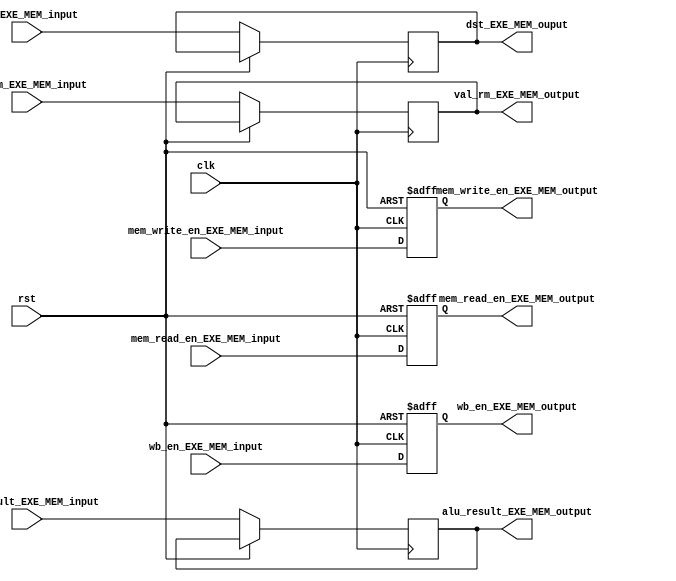
module EXE_MEM_reg (
	input clk, rst,
	input wb_en_EXE_MEM_input,
	input mem_read_en_EXE_MEM_input,
	input mem_write_en_EXE_MEM_input,
	input[31:0] alu_result_EXE_MEM_input,
	input[31:0] val_rm_EXE_MEM_input,
	input[3:0] dst_EXE_MEM_input,

	output reg wb_en_EXE_MEM_output,
	output reg mem_read_en_EXE_MEM_output,
	output reg mem_write_en_EXE_MEM_output,
	output reg [31:0] alu_result_EXE_MEM_output,
	output reg [31:0] val_rm_EXE_MEM_output,
	output reg [3:0] dst_EXE_MEM_ouput
);
	always @(posedge clk, posedge rst) begin
		if (rst == 1) begin
			wb_en_EXE_MEM_output <= 0;
			mem_write_en_EXE_MEM_output <= 0;
			mem_read_en_EXE_MEM_output <= 0;
		end
		else begin
			{wb_en_EXE_MEM_output,mem_read_en_EXE_MEM_output,mem_write_en_EXE_MEM_output,alu_result_EXE_MEM_output,val_rm_EXE_MEM_output,dst_EXE_MEM_ouput} <= {wb_en_EXE_MEM_input,mem_read_en_EXE_MEM_input,mem_write_en_EXE_MEM_input,alu_result_EXE_MEM_input,val_rm_EXE_MEM_input,dst_EXE_MEM_input};
		end
	end
endmodule